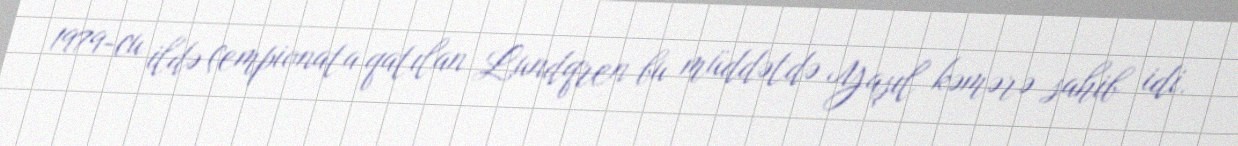
1979-cu ildə çempionata qatılan Lundqren bu müddətdə Yaşıl kəmərə sahib idi.